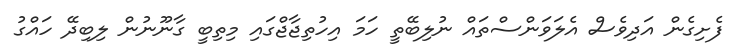
ފެށިގެން އަދިވެސް އެލަވަންސްތައް ނުލިބޭތީ ހަމަ އިހުތިޖާޖްގައި މިތިބީ ގާނޫނުން ލިބިދޭ ހައްގު